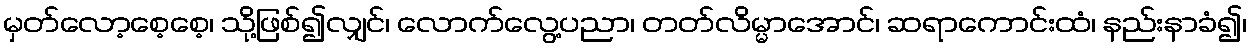
မှတ်လော့စေ့စေ့၊ သို့ဖြစ်၍လျှင်၊ လောက်လွေ့ပညာ၊ တတ်လိမ္မာအောင်၊ ဆရာကောင်းထံ၊ နည်းနာခံ၍၊